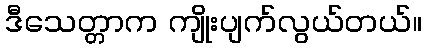
ဒီသေတ္တာက ကျိုးပျက်လွယ်တယ်။